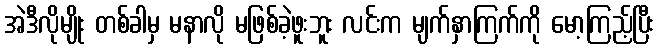
အဲဒီလိုမျိုး တစ်ခါမှ မနာလို မဖြစ်ခဲ့ဖူးဘူး လင်းက မျက်နှာကြက်ကို မော့ကြည့်ပြီး